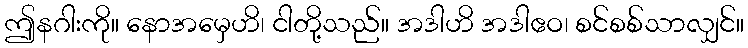
ဤနဂါးကို။ နောအမှေဟိ၊ ငါတို့သည်။ အဒါဟိ အဒါဧဝ၊ စင်စစ်သာလျှင်။